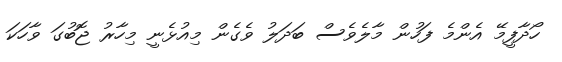
ހޯދާފީމޭ އެންމެ ފަހުން މާލެވެސް ބަދަލު ވެގެން މިއުޅެނީ މިހާރު ޖޮބުގަ ވާހަކަ